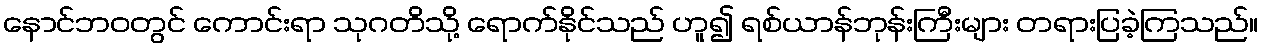
နောင်ဘဝတွင် ကောင်းရာ သုဂတိသို့ ရောက်နိုင်သည် ဟူ၍ ရစ်ယာန်ဘုန်းကြီးများ တရားပြခဲ့ကြသည်။